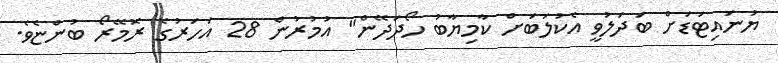
ޔުނައިޓަޑަށް ބަދަލުވީ އެކުލަބަށް ކާމިޔާބު ހޯދަދޭން" އުމުރުން 28 އަހަރުގެ ރޮމޭރޯ ބުންޏެވެ.